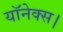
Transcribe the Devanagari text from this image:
यॉनेक्स।